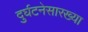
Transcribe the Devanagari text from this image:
दुर्घटनेसारख्या